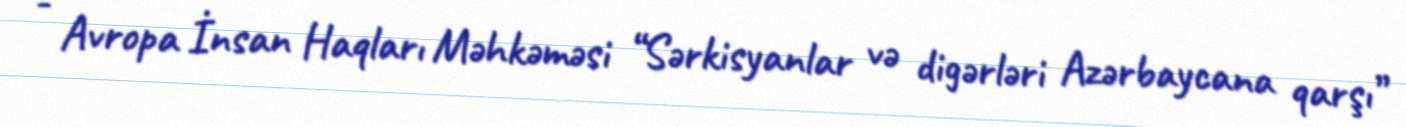
- Avropa İnsan Haqları Məhkəməsi “Sərkisyanlar və digərləri Azərbaycana qarşı”